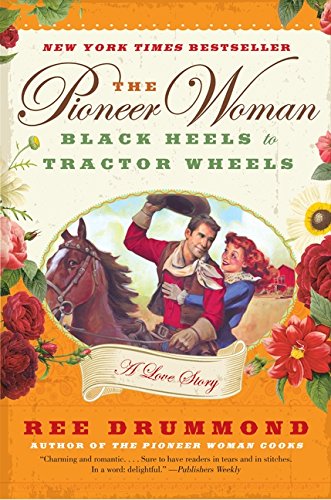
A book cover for The Pioneer Woman: Black Heels to Tractor Wheels--a Love Story; Ree Drummond; Parenting & Relationships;